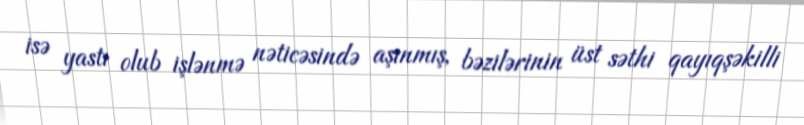
isə yastı olub işlənmə nəticəsində aşınmış, bəzilərinin üst səthi qayıqşəkilli